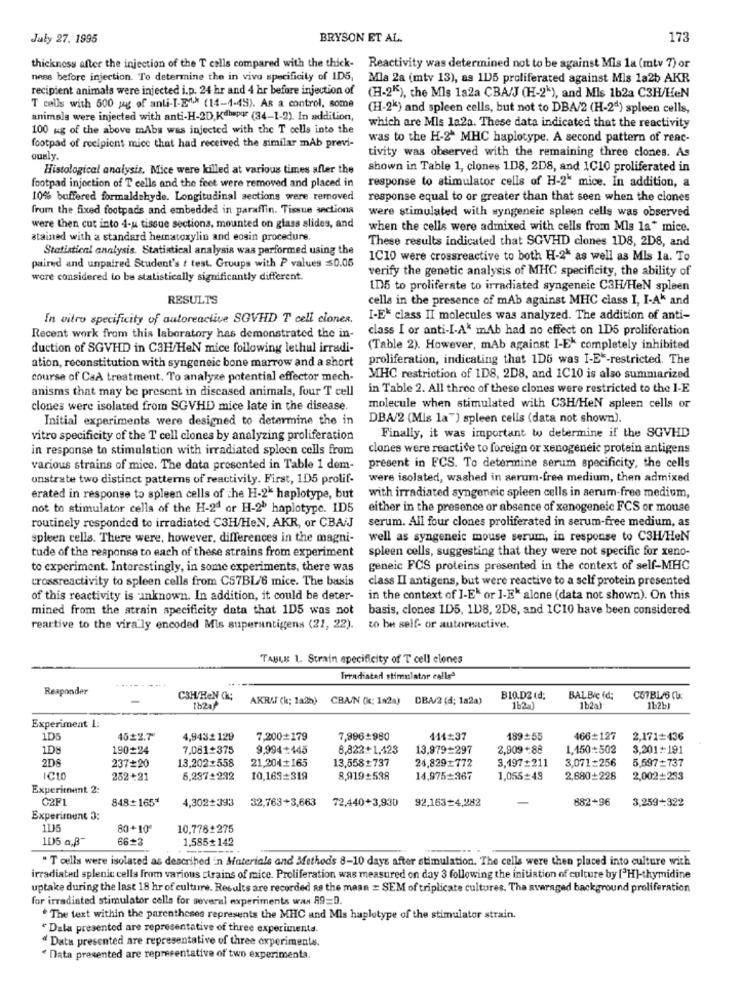
July 27. 1995
BRYSON ET AL.
173
thickness after the injection of the T cells compared with the thick-
Reactivity was determined not to be against Mis la (mtv 7) or
nene before injection. To determine the in vivo specificity of 1D5,
Mla 2a (mtv 13), as 115 proliferated against Mis 1a2b AKR
recipient animals were injected i.p. 24 hr and 4 hr before injection of
(H-2"), the Mls la2a CBA/J (H-2k), and Mis 1b2a C3H/HeN
T cells with 500 pay of anti-I-E^* (14-4-49). As a control, some
(H-2k) and spleen cells, but not to DBA/2 (H-2ª) spleen cells,
animals were injected with anti-H-2D,Kdhapur (34-1-2). In addition,
100 ug of the above mAbs was injected with the T cells into the
which are Mis 1a2a. These data indicated that the reactivity
was to the H-2* MHC haplotype. A second pattern of reac-
footpad of recipient mice that had received the similar mAb previ-
tivity was observed with the remaining three clones. As
ously.
Histological analysis. Mice were killed at various times after the
shown in Table 1, clones 1D8, 2D8, and 1C10 proliferated in
response to stimulator cells of H-2" mice. In addition, a
footpad injection of T cells and the feet were removed and placed in
10% buffered formaldehyde. Longitudinal sections were removed
response equal to or greater than that seen when the clones
from the fixed footpads and embedded in paraffin. Tissue sectiona
were stimulated with syngeneic spleen cells was observed
were then cut into 4-u tissue sections, mounted on glass slides, and
when the cells were admixed with cells from Mls la* mice.
atained with a standard hematoxylin and eosin procedure
These results indicated that SGVHD clones 1D8, 2D8, and
Statistical analysis. Statistical analysis was performed using the
1C10 were crossreactive to both H-2* as well as Mis la. To
paired and unpaired Student's t test. Groups with P values =0.05
verify the genetic analysis of MHC specificity, the ability of
were considered to be statistically significantly different.
LD5 to proliferate to irradiated syngeneic C3H/HeN spleen
RESULTS
cella in the presence of mAb against MHC class I, I-Ak and
In vitro specificity of autoreactive SOVHD T cell clones.
I-E* class II molecules was analyzed. The addition of anti-
class I or anti-I-A* mAb had no effect on 1D5 proliferation
Recent work from this laboratory has demonstrated the in-
duction of SGVHD in C3H/HeN mice following lethul irradi-
(Table 2). However, mAb against I-E- completely inhibited
ation, reconstitution with syngeneic bone marrow and a short
proliferation, indicating that 1D6 was I-E"-restricted. The
course of CaA treatment. To analyze potential effector mech-
MHC restriction of 1D8, 2D8, and 1C10 is also summarized
anisms that may be present in discased animals, four T cell
in Table 2. All three of these clones were restricted to the I-E
clones were isolated from SGVHD mice late in the disease.
molecule when stimulated with CSH/HeN spleen cells or
Initial experiments were designed to determine the in
DBA/2 (Mis la") spleen cells (data not shown).
Finally, it was important to determine if the SGVHD
vitro specificity of the T cell clones by analyzing proliferation
in response to stimulation with irradiated spleen cells from
clones were reactive to foreign or xenogeneic protein antigens
various strains of mice. The data presented in Table 1 dem-
present in FCS. To determine serum specificity, the cells
unstrate two distinct patterns of reactivity. First, 105 prolif-
were isolated, washed in serum-free medium, then admixed
erated in response to spleen cells of the H-2* haplotype, but
with irradiated syngeneic spleen cells in serum-free medium,
not to stimulator cella of the H-2ª or H-21 haplotype. ID5
either in the presence or absence of xenogeneic FCS or mouse
serum. All four clones proliferated in serum-free medium, as
routinely responded to irradiated C3H/HeN, AKR, or CBA/J
spleen cells. There were, however, differences in the magni-
well as syngeneic mouse serum, in response to CSH/HeN
tude of the response to each of these strains from experiment
spleen cells, suggesting that they were not specific for xeno-
to experiment. Interestingly, in some experiments, there was
geneic FCS proteins presented in the context of self-MHC
crossreactivity to spleen cells from C57BL/6 mice. The basis
class II antigens, but were reactive to a self protein presented
of this reactivity is unknown. In addition, it could be deter-
in the context of I-E* or ]-Ek alone (data not shown). On this
mined from the atrain specificity data that 1D5 was not
basis, clones 1D5, 118, 2D8, and 1C10 have been considered
reactive to the vira ly encoded Mis superantigens (21, 22). to be self- or autoreactive.
TABLE 1. Strain specificity of T cell clones
Irradiated stimulator calleª
Responder
C3H/HeN Ch;
CBA/N (k; 1a2a) DBA/2 (d; 1a2a)
B10.D2 (d;
BAL Bic (d:
C67BL/6 CU:
[h2a
162)
1b2a
1b2b1
Experiment 1:
1D5
4522.7"
4,9432129
7,200=179
7,996-980
411:37
189=55
466=127
2,171=436
1D8
190=24
7.081+375
9,994+445
8,822 +1,423
13,979=297
2,909 +88
1,150:502
3,201+191
13,202+558
21,204+165
13,558+737
24.829=772
3,197+211
3,071=256
5,597=737
2D8
237=20
ICID
252+21
5,237+292
10,163=319
8,919:538
14,975=367
1,055=49
2,680=228
2,002+233
Experiment 2:
C2FL
848+165ª
4,302+393
32,763+3,663
72,440+3,930
92.163-4,282
882+96
3,259+322
Experiment 3:
115
80+10
10,778+275
105 a,B"
66+3
1,585+142
. T cells were isolated as described in Materials and Methods 8-10 days after stimulation. The cells were then placed into culture with
irradiated splenic cells from various strains of mice. Proliferation was measured on day 3 following the initiation of culture by ['H]-thymidine
uptake during the last 18 hr of culture. Results are recorded as the maan = SEM of triplicate cultures. Tha svaraged background proliferation
for irradiated stimulator cella for several experiments wax 89=D.
The text within the parentheses represents the MHC and Mis haplotype of the stimulator strain.
Dala presented are representative of three experimenta.
Data presented are representative of three experiments.
Data presented are representative of two experimenta.